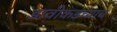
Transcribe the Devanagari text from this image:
डावीकडच्याच